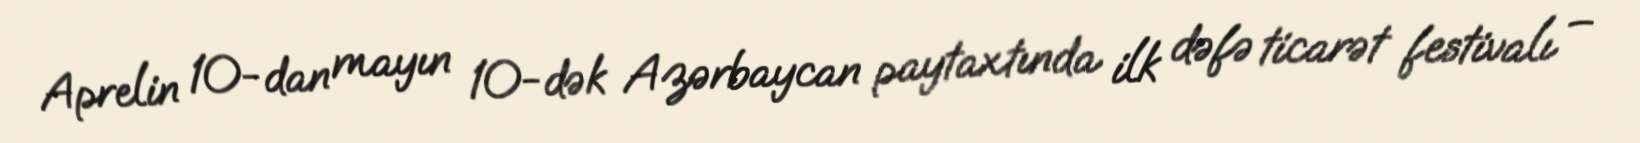
Aprelin 10-dan mayın 10-dək Azərbaycan paytaxtında ilk dəfə ticarət festivalı –